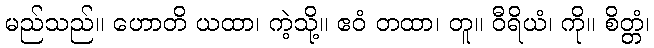
မည်သည်။ ဟောတိ ယထာ၊ ကဲ့သို့။ ဧဝံ တထာ၊ တူ။ ဝီရိယံ၊ ကို။ စိတ္တံ၊